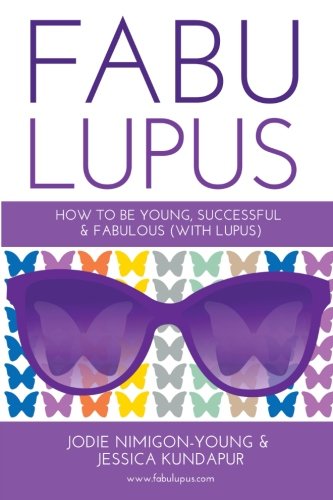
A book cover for Fabulupus: How to be young, successful and fabulous (with lupus); Jessica Kundapur; Health, Fitness & Dieting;